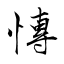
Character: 慱